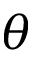
\theta